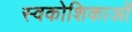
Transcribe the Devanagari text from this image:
स्वकोशिकाओं